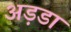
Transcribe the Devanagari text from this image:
अड़डा